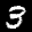
Label: 3